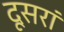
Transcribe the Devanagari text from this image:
दूसरां